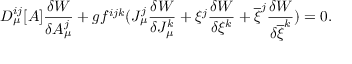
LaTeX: D _ { \mu } ^ { i j } [ A ] \frac { \delta W } { \delta A _ { \mu } ^ { j } } + g f ^ { i j k } ( J _ { \mu } ^ { j } \frac { \delta W } { \delta J _ { \mu } ^ { k } } + \xi ^ { j } \frac { \delta W } { \delta \xi ^ { k } } + \overline { { { \xi } } } ^ { j } \frac { \delta W } { \delta \overline { { { \xi } } } ^ { k } } ) = 0 .